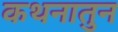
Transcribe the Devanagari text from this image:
कथनातुन